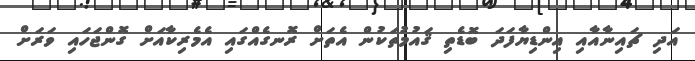
އަދި ޗައިނާއާއި އިންޑިޔާފަދަ ބޮޑެތި ޤައުމުތަކުން އެތަށް ރޮނގެއްގައި އެމެރިކާއަށް ގޮންޖަހައި ވަރަށް